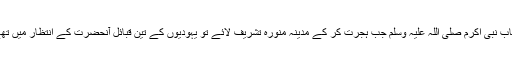
جناب نبی اکرم صلی اللہ علیہ وسلم جب ہجرت کر کے مدینہ منورہ تشریف لائے تو یہودیوں کے تین قبائل آنحضرتؐ کے انتظار میں تھے۔